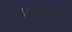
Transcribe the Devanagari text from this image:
प्रघातही